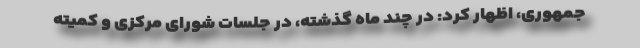
‌جمهوری، اظهار کرد: در چند ماه گذشته، در جلسات شورای مرکزی و کمیته